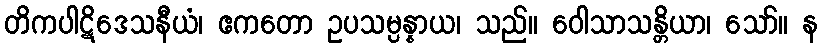
တိကပါဋိဒေသနီယံ၊ ဧကတော ဥပသမ္ပန္နာယ၊ သည်။ ဝေါသာသန္တိယာ၊ သော်။ န